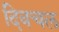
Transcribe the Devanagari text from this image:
दिवचल